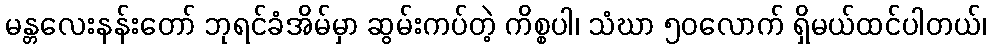
မန္တလေးနန်းတော် ဘုရင်ခံအိမ်မှာ ဆွမ်းကပ်တဲ့ ကိစ္စပါ၊ သံဃာ ၅၀လောက် ရှိမယ်ထင်ပါတယ်၊